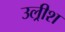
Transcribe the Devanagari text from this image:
उल्रीश